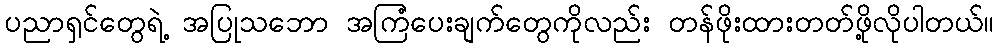
ပညာရှင်တွေရဲ့ အပြုသဘော အကြံပေးချက်တွေကိုလည်း တန်ဖိုးထားတတ်ဖို့လိုပါတယ်။